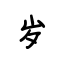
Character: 岁